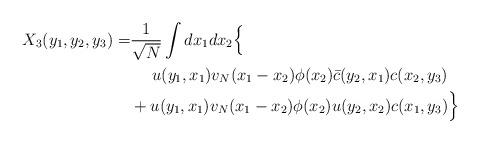
LaTeX: \begin{align*}X_3(y_1, y_2, y_3)=&\frac{1}{\sqrt{N}}\int dx_1dx_2 \Big\{ \\&\quad\ u(y_1, x_1)v_N(x_1-x_2)\phi(x_2)\bar c(y_2, x_1) c(x_2, y_3)\\&+ u(y_1, x_1)v_N(x_1-x_2)\phi(x_2) u(y_2, x_2) c(x_1, y_3) \Big\}\end{align*}